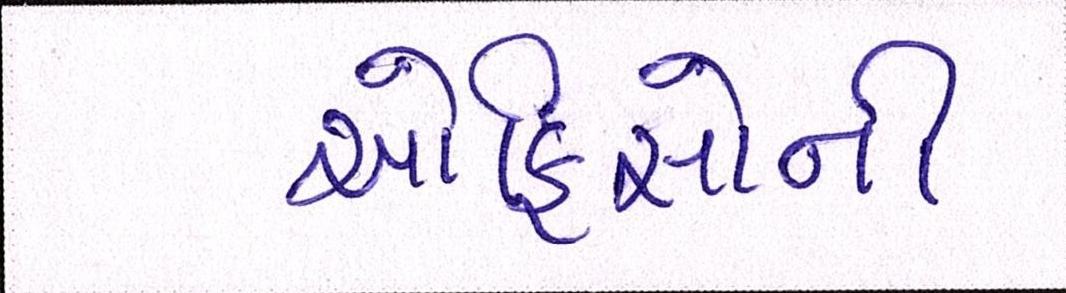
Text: ઓફિસોની